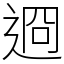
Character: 䢛